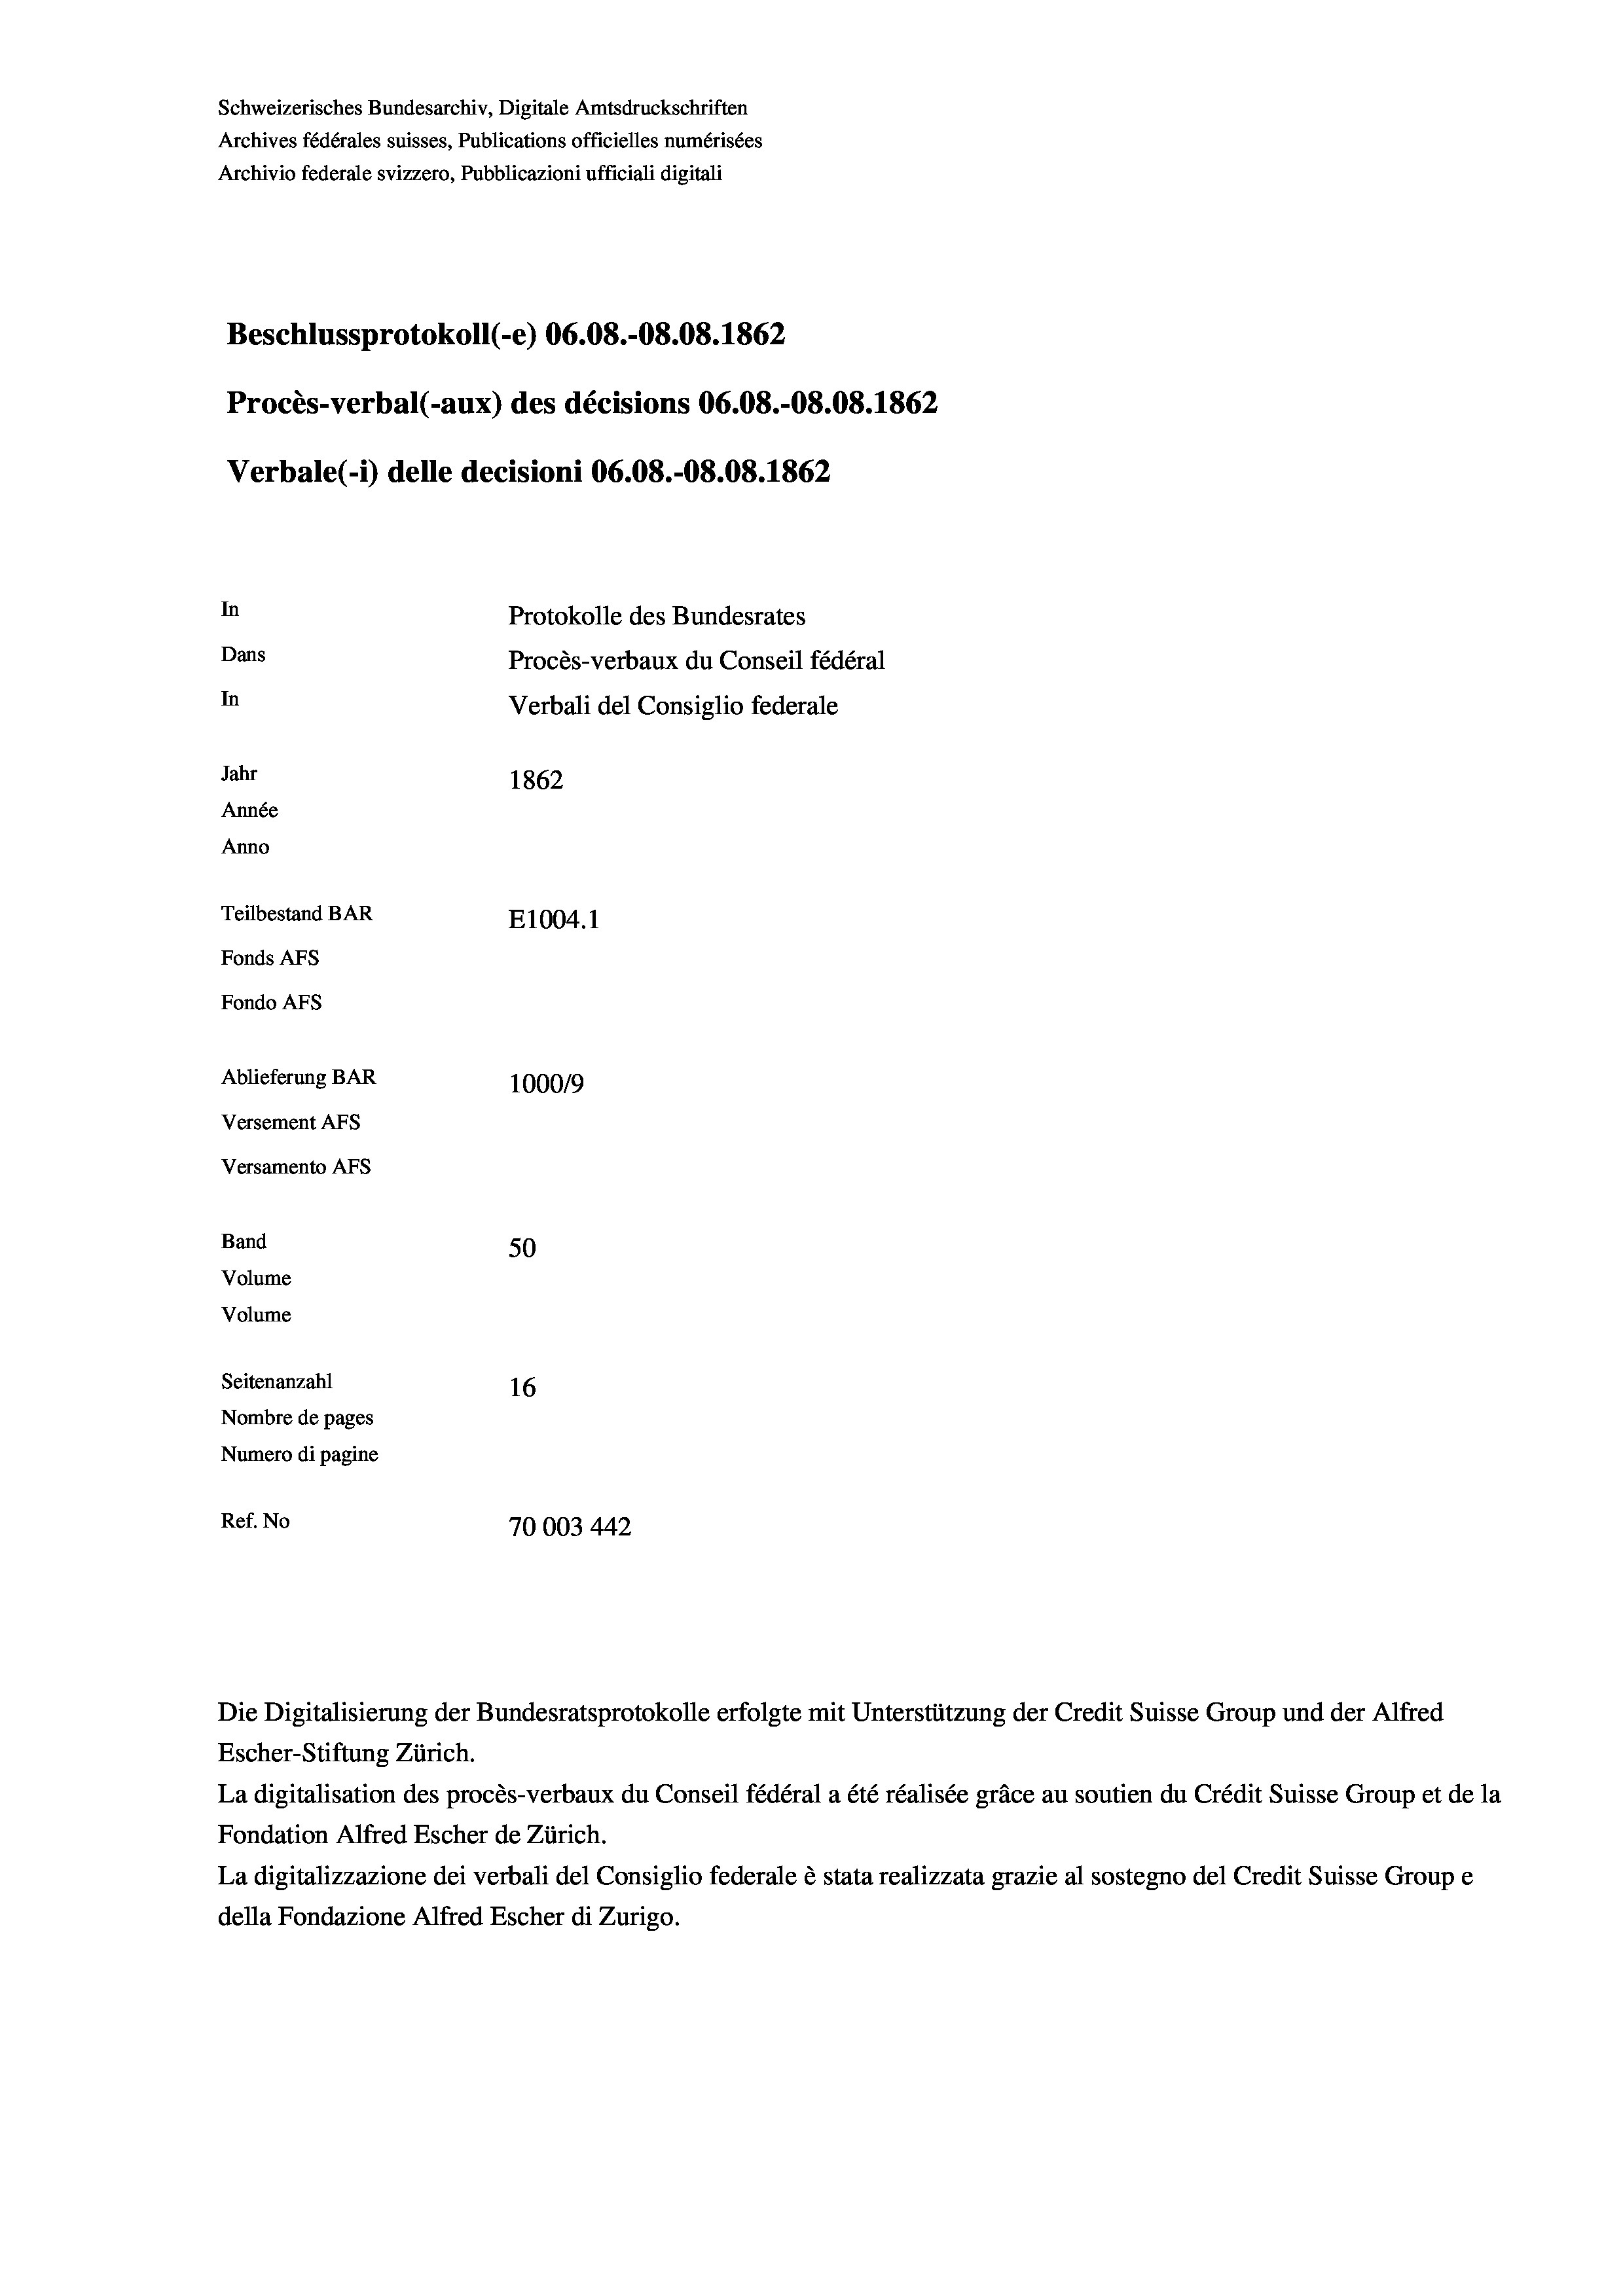
Beschlussprotokoll (-e) 06.08.-08.08. 1862
Procès-verbal (-aux) des décisions 06.08.-08.08. 1862
Verbale (i) delle decisioni 06.08.-08.08. 1862
In
Protokolle des Bundesrates
Dans
Procès-verbaux du Conseil fédéral
In
Verbali del Consiglio federale
Jahr
1862
Année
Anno
Teilbestand BAR
E1004. 1
Fonds AFs
Fondo AFs
Ablieferung BAR
100019
Versement AFs
Versamento AFs

50
Volume
Seitenanzahl
16
Nombre de pages
Numero di pagine
Ref. No
70003 442

Volume

Band

Schweizerisches Bundesarchiv, Digitale Amtsdruckschriften
Archives fédérales suisses, Publications officielles numérisées

Archivio federale svizzero, Pubblicazioni ufficiali digitali

Escher-Stiftung Zürich.
La digitalisation des procès-verbaux du Conseil fédéral a été réalisée gräce au soutien du Crédit Suisse Group et de la
Fondation Alfred Escher de Zürich.
La digitalizzazione dei verbali del Consiglio federale è stata realizzata grazie al sostegno del Credit Suisse Groupe
della Fondazione Alfred Escher di Zurigo.

Die Digitalisierung der Bundesratsprotokolle erfolgte mit Unterstützung der Credit Suisse Group und der Alfred